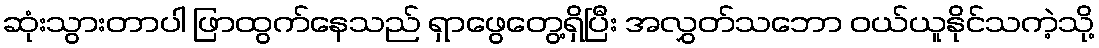
ဆုံးသွားတာပါ ဖြာထွက်နေသည် ရှာဖွေတွေ့ရှိပြီး အလွှတ်သဘော ဝယ်ယူနိုင်သကဲ့သို့